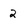
Character: 2